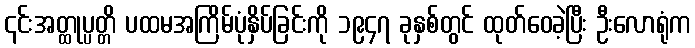
၎င်းအတ္ထုပ္ပတ္တိ ပထမအကြိမ်ပုံနှိပ်ခြင်းကို ၁၉၄၇ ခုနှစ်တွင် ထုတ်ဝေခဲ့ပြီး ဦးလောရုံက